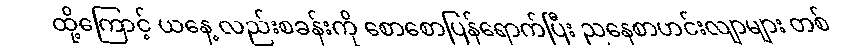
ထို့ကြောင့် ယနေ့ လည်းစခန်းကို စောစောပြန်ရောက်ပြီး ညနေစာဟင်းလျာများ တစ်